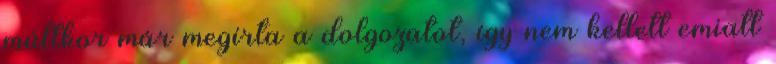
múltkor már megírta a dolgozatot, így nem kellett emiatt